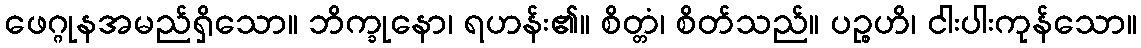
ဖေဂ္ဂုနအမည်ရှိသော။ ဘိက္ခုနော၊ ရဟန်း၏။ စိတ္တံ၊ စိတ်သည်။ ပဉ္စဟိ၊ ငါးပါးကုန်သော။